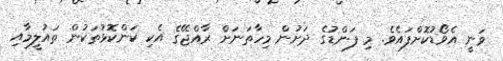
ވަނީ އެވޯޑުކޮށްފައެވެ. މި ފަންޑުގެ ދަށުން މިހާތަނަށް ރާއްޖޭގެ އެކި ކަންކޮޅުތަކުން ތައުލީމާއި